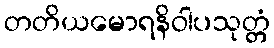
တတိယမောရနိဝါပသုတ္တံ